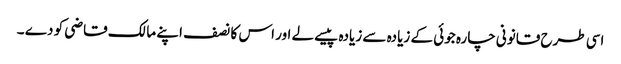
اسی طرح قانونی چارہ جوئی کے زیادہ سے زیادہ پیسے لے اور اس کا نصف اپنے مالک قاضی کو دے ۔